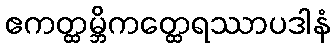
ဧကတ္ထမ္ဘိကတ္ထေရဿာပဒါနံ